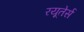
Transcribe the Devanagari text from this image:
रयूतेर्स